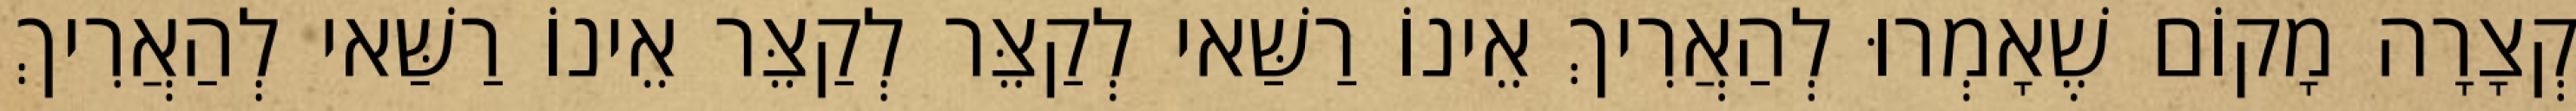
קְצָרָה מָקוֹם שֶׁאָמְרוּ לְהַאֲרִיךְ אֵינוֹ רַשַּׁאי לְקַצֵּר לְקַצֵּר אֵינוֹ רַשַּׁאי לְהַאֲרִיךְ